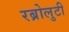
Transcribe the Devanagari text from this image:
रब्रोलुटी